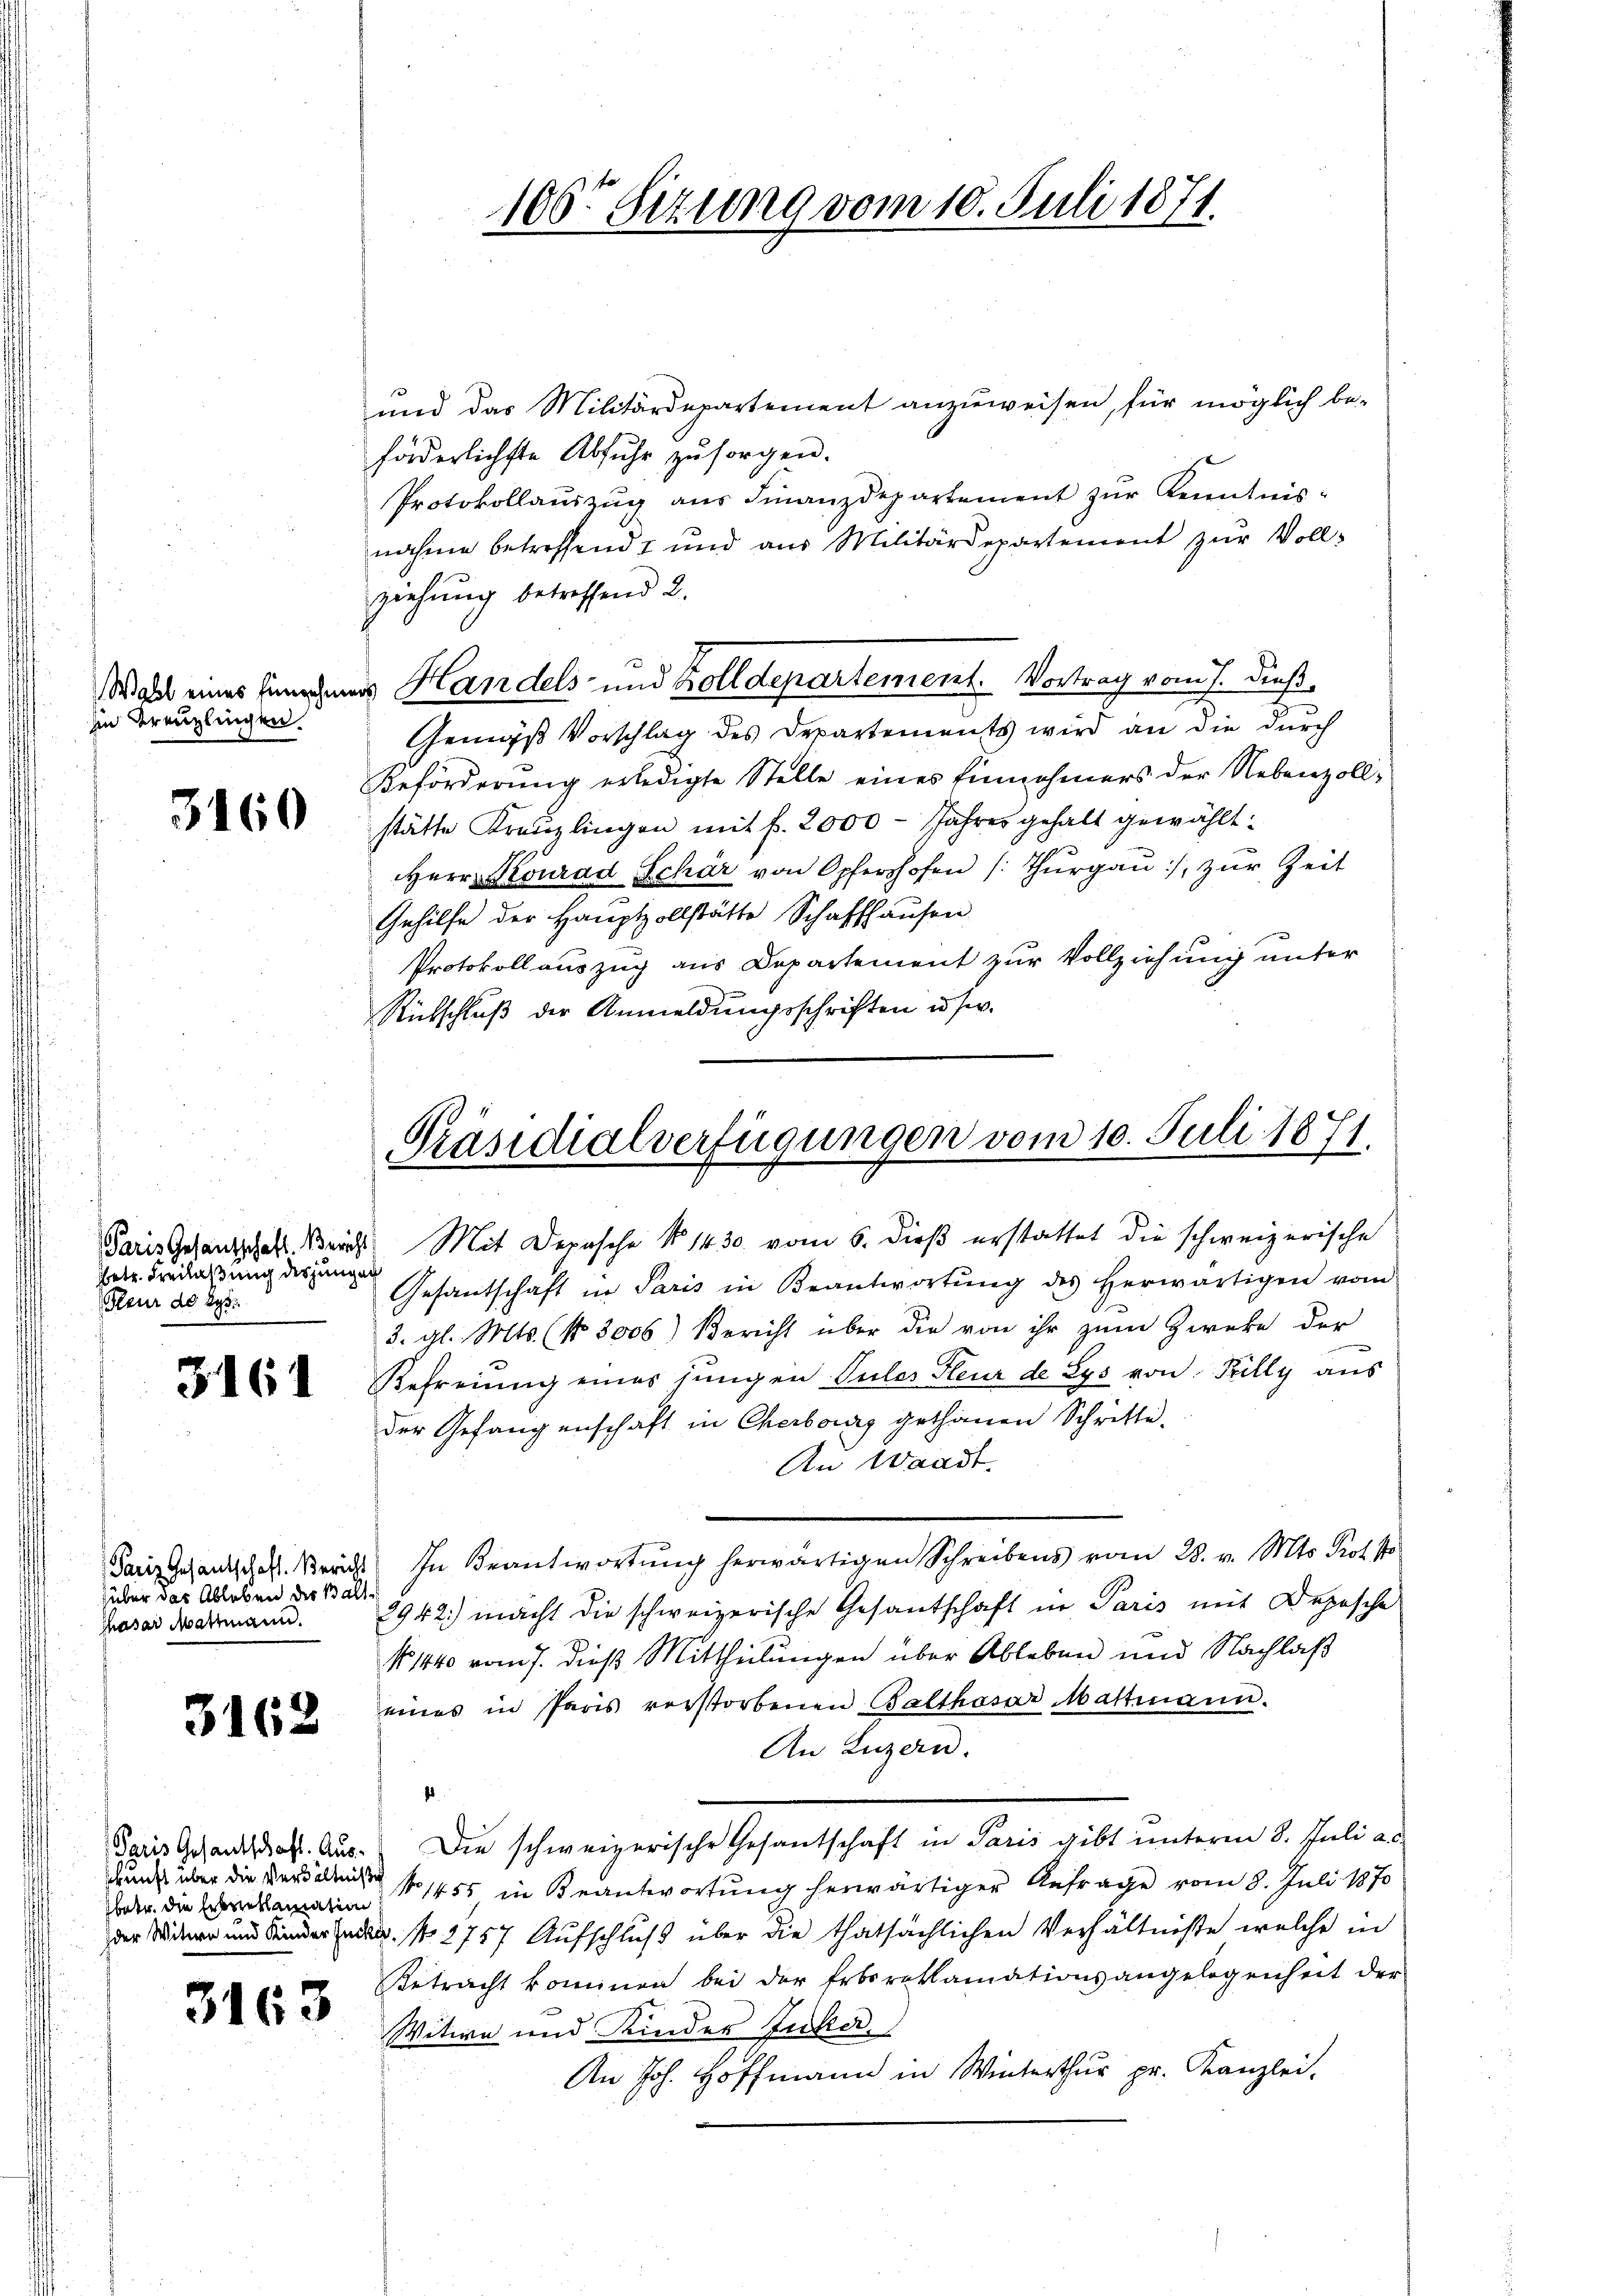
100. Sizung vom 10. Juli 1871.

und das Militärdepartement anzuweisen, für möglich be-
förderlichste Abfuhr zu sorgen.
Protokollaŭszŭg ans Finanzdepartement zŭr Kenntnis-
nahme betreffend und aus Militärdepartement zŭr Voll-
ziehung betreffend 2.
n
Gemäß Vorschlag des Departements wird an die durch
Beförderung erledigte Stelle eines Einnehmers der Nebenzollstätte Kreuzlingen mit f. 2000 - Jahres gehalt gewählt:
Herr Konrad Schär von Opfershofen (Thŭrgaŭ zŭr Zeit
Gehilfe der Hauptzollstätte Schaffhausen
Protokollauszug aus Departement zur Vollziehung unter
Ritschluß der Anmeldungsschriften user.

Wall eines hingenes Handels- und Zolldepartement. Vortrag vom 7. dieß¬

in Kreuzlingen

3460

Präsidialverfügungen vom 10. Juli 1871.

Paris Gesantschaft. Bericht
betr. Freilaßung des jungen
Heur ad 295.

Mit Deposche No 1430. vom 6. dieß erstattet die schweizerische
Gesantschaft in Paris in Beantwortŭng des herwärtigen vom
3. gl. Mts. (Nr. 3006) Bericht über die von ihr zum Zweke der
Refreiung eines jungen Pules Fleur de Sys von Filly aus
der Gefangenschaft in Cherberg gethanen Schritte
An Waadt.
In Beantwortung herwärtigen Schreibens vom 28. v. Mts. Prof st
2942.) macht die schweizerische Gesantschaft in Paris mit Depesche
N 1440 vom 7. dieß Mittheilungen über Ableben und Nachlaß
eines in Paris vorstorbenen Balthasar Mattmann.
An Luzern.
Die schweizerische Gesantschaft in Paris gibt unterm 8. Juli ad
No 1455 in Beantwortung herwärtiger Anfrage vom 8. Juli 1870
u. No. 1757 Aufschluß über die thatsächlichen Verhältniße, welche in
Betracht kommnen bei der Erbsreklamationsangelegenheit der
Witwe und Kinder Zucker,
An Joh. Hoffmann in Winterthur pr. Kanzlei.

3161

.

Paris Gesantschaft. Bericht
über das Ableben der Bal
thasar Mattmann.

3162

Paris Gesantschaft. Ausskunft über die Verhältnis
betr. die Erbenklamation
der Witwe und Kinder Ind

3163